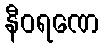
နီဝရဏေ